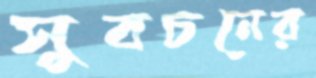
সুবচনের